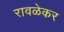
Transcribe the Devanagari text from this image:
रावळेकर